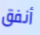
أنفق